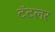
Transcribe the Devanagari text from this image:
टॅटलर